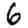
Digit: 6